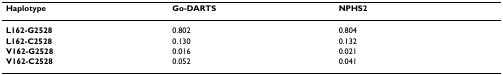
<table><thead><tr><td><b>Haplotype</b></td><td><b>Go-DARTS</b></td><td><b>NPHS2</b></td></tr></thead><tbody><tr><td><b>L162-G2528</b></td><td>0.802</td><td>0.804</td></tr><tr><td><b>L162-C2528</b></td><td>0.130</td><td>0.132</td></tr><tr><td><b>V162-G2528</b></td><td>0.016</td><td>0.021</td></tr><tr><td><b>V162-C2528</b></td><td>0.052</td><td>0.041</td></tr></tbody></table>